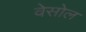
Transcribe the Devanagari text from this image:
वेसोल